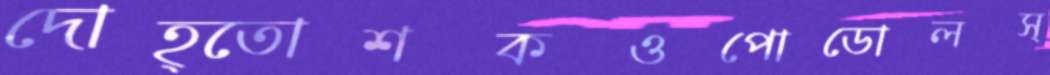
দোহ্‌তোশকওপোডোলস্